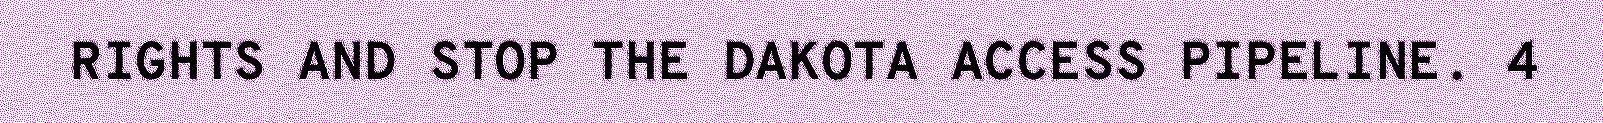
RIGHTS AND STOP THE DAKOTA ACCESS PIPELINE. 4